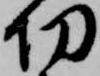
切